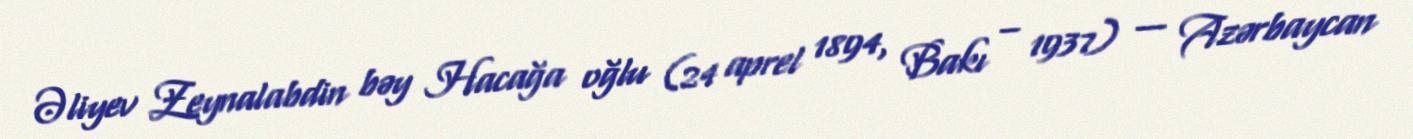
Əliyev Zeynalabdin bəy Hacağa oğlu (24 aprel 1894, Bakı – 1937) — Azərbaycan